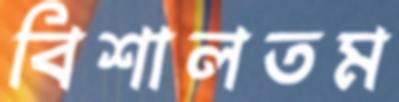
বিশালতম